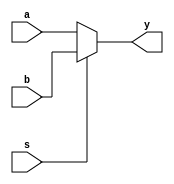
module mux2_X_1(a,b,s,y);
input s;
input a,b;
output y;
assign y=(s==1)?b:a;
endmodule

module mux2_X_5(a,b,s,y);
input s;
input[4:0] a,b;
output[4:0] y;
assign y=(s==1)?b:a;
endmodule

module mux2_X_32(a,b,s,y);
input s;
input[31:0] a,b;
output[31:0] y;
assign y=(s==1)?b:a;
endmodule

module mux4_X_8(
    input[7:0] rb,
    input[7:0] limm,
    input[7:0] pc_add4,
    input[7:0] wb,
    input[1:0] MemtoReg,
    output reg[7:0] busW
);
always @(rb or limm or pc_add4 or wb or MemtoReg) begin
    case(MemtoReg)
        2'b00:busW<=rb;
        2'b01:busW<=limm;
        2'b10:busW<=pc_add4;
        2'b11:busW<=wb;
    endcase
end
endmodule

module mux4_X_32(
    input[31:0] rb,
    input[31:0] limm,
    input[31:0] pc_add4,
    input[31:0] wb,
    input[1:0] MemtoReg,
    output reg[31:0] busW
);
always @(rb or limm or pc_add4 or wb or MemtoReg) begin
    case(MemtoReg)
        2'b00:busW<=rb;
        2'b01:busW<=limm;
        2'b10:busW<=pc_add4;
        2'b11:busW<=wb;
    endcase
end
endmodule